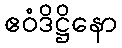
ဧဝံဒိဋ္ဌိနော